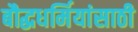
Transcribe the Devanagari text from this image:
बौद्धधर्मियांसाठी